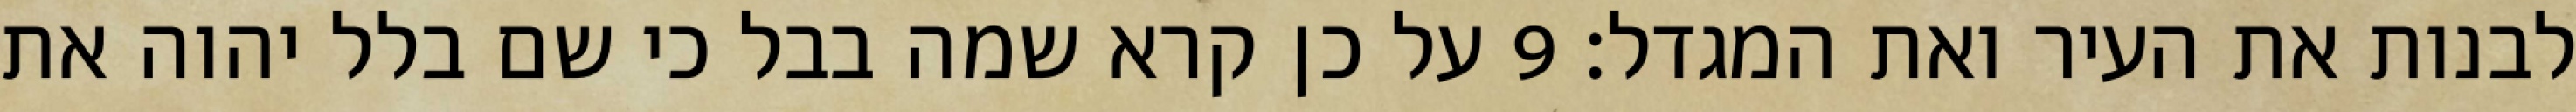
לבנות את העיר ואת המגדל׃ ‎9‏ על כן קרא שמה בבל כי שם בלל יהוה את